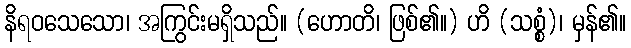
နိရဝသေသော၊ အကြွင်းမရှိသည်။ (ဟောတိ၊ ဖြစ်၏။) ဟိ (သစ္စံ)၊ မှန်၏။